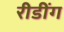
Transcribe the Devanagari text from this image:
रीडींग